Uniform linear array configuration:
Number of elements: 24
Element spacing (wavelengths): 0.75
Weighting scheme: binomial
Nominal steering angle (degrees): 45
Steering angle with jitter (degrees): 43.703
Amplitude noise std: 0.05
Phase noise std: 0.05

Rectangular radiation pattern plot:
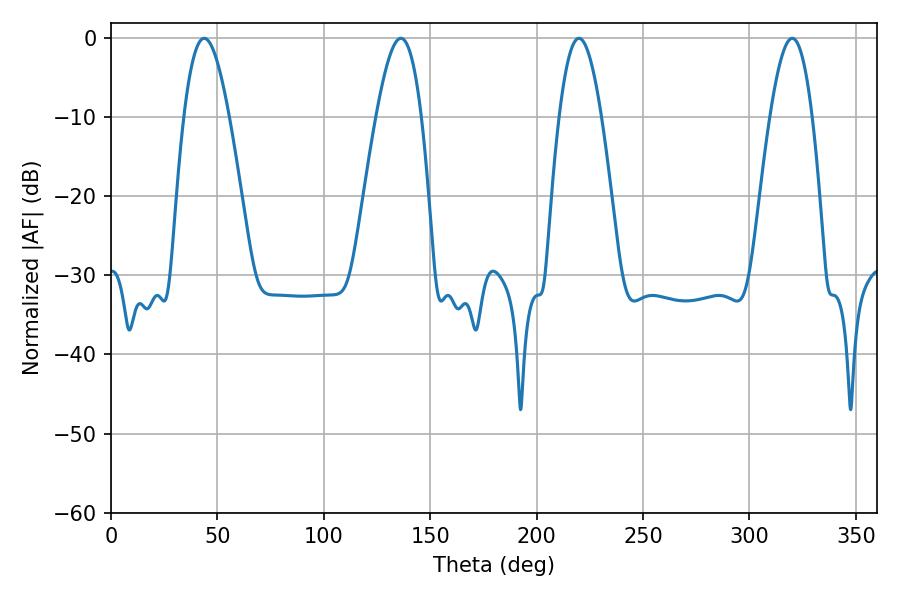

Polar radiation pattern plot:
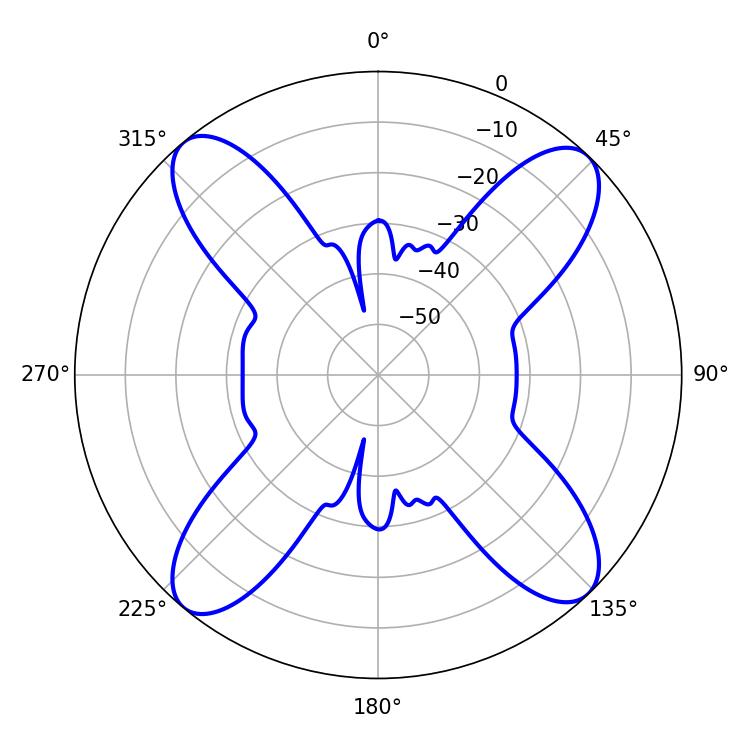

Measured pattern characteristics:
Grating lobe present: TRUE
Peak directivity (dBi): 16.779
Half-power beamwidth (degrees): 11.52
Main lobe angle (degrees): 43.74